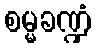
စမ္မခဏ္ဍံ